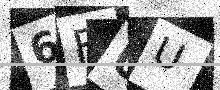
Text: 6FUU